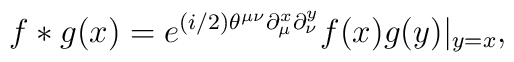
f*g(x)=e^{(i/2)\theta^{\mu\nu}\partial^{x}_{\mu}\partial^{y}_{\nu}} f(x)g(y)|_{y=x},